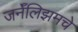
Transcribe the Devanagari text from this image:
जर्नॅलिझमचे